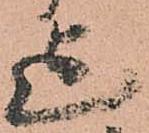
迄